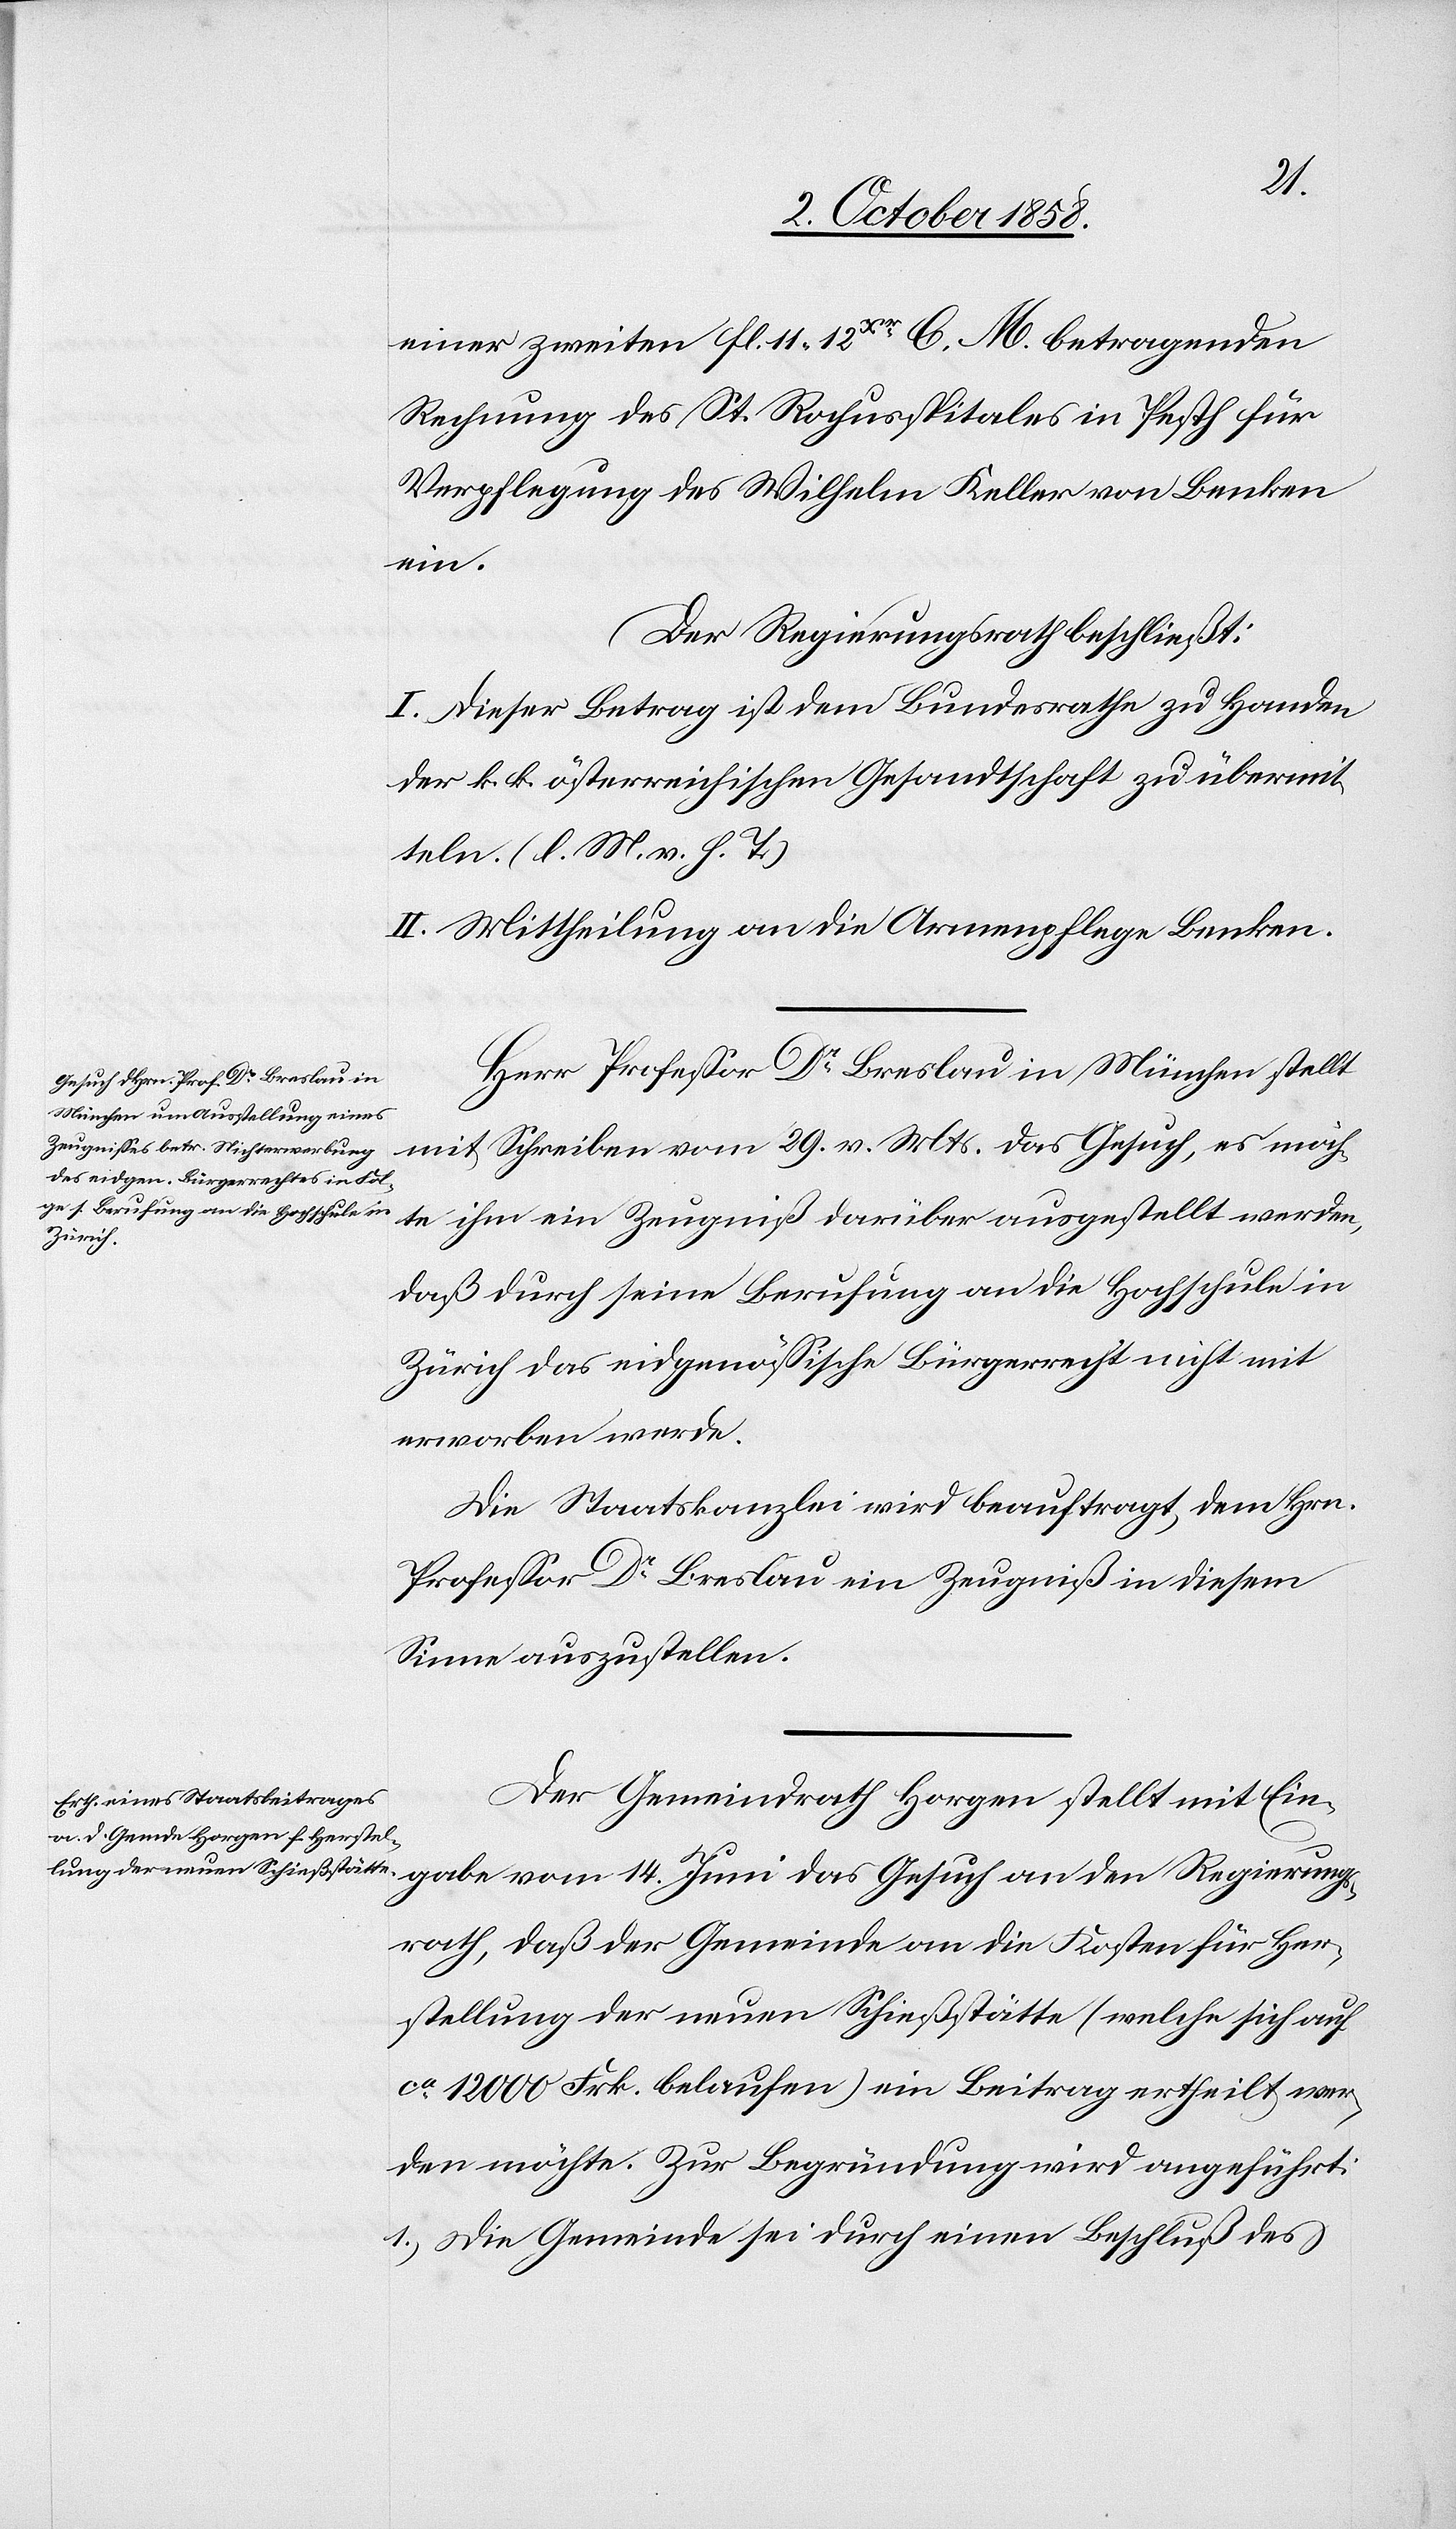
14.
einer zweiten fl. 11. 12xr. C. M. betragenden
Rechnung des St. Rochusspitales in Pesth für
Verpflegung des Wilhelm Keller von Benken
Regierungs¬
Der Regierungsrath beschließt:
I. Dieser Betrag ist dem Bundesrathe zu Handen
der k. k. österreichischen Gesandtschaft zu übermit¬
teln. (l. M. v. h. T.)
II. Mittheilung an die Armenpflege Benken.
Herr Professor Dr. Breslau in München stellt
mit Schreiben vom 29. v. Mts. das Gesuch, es möch¬
te ihm ein Zeugniß darüber ausgestellt werden,
daß durch seine Berufung an die Hochschule in
Zürich das eidgenössische Bürgerrecht nicht mit
erworben werde.
Die Staatskanzlei wird beauftragt, dem Hrn.
Professor Dr. Breslau ein Zeugniß in diesem
Sinne auszustellen.
Der Gemeindrath Horgen stellt mit Ein¬
rath, daß der Gemeinde an die Kosten für Her¬
stellung der neuen Schießstätte (welche sich auf
ca. 12 000 Frk. belaufen) ein Beitrag ertheilt wer¬
den möchte. Zur Begründung wird angeführt:
gabe
1.) Die Gemeinde sei durch einen Beschluß des